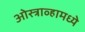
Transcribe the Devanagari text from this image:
ओस्त्राव्हामध्ये